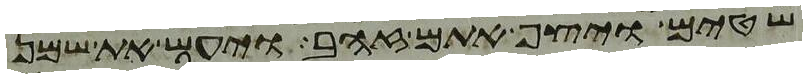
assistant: שטים ויצף אתם זהב ויעש את שמן